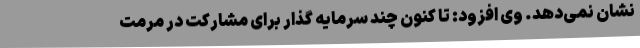
نشان نمی‌دهد. وی افزود: تا کنون چند سرمایه گذار برای مشارکت در مرمت